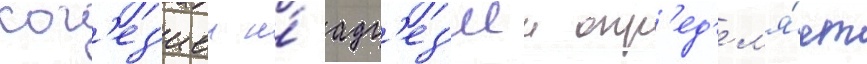
ког'ез'иеи и́ адг'ез'иеи опр'ед'ел'я́ет